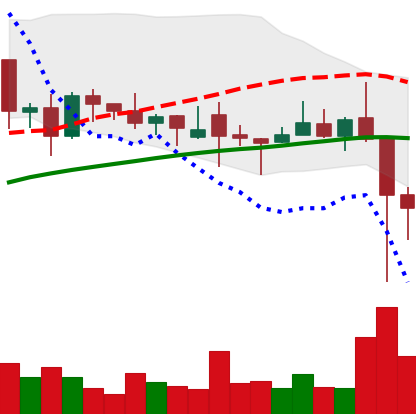
Ticker: XLM-USD
Chart end date: 2021-12-05
Forward return: -6.894%
Label: down_5_7